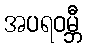
အပရဝမ္ဘီ